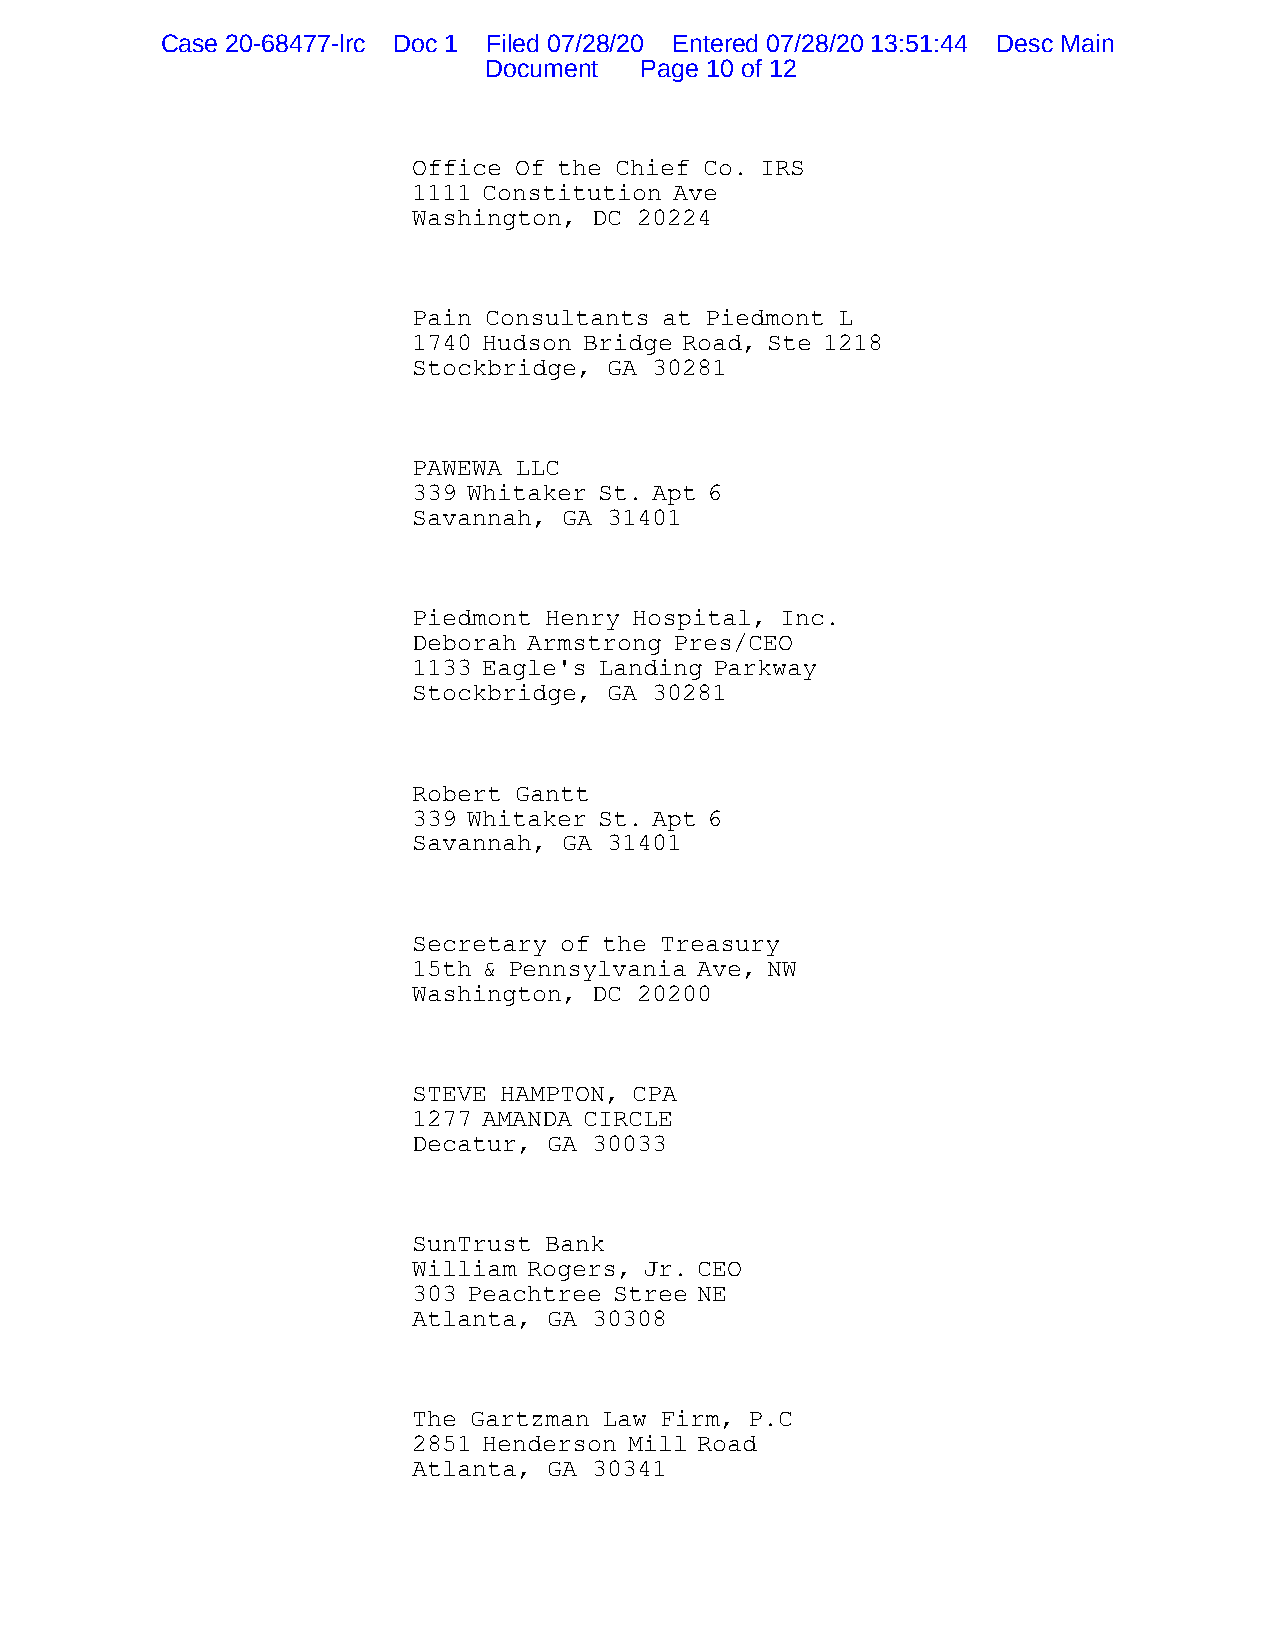
Case 20-68477-lrc Doc 1 Filed 07/28/20 Entered 07/28/20 13:51:44 Desc Main
 Document  Page 10 of 12
 Office Of the Chief Co. IRS
 1111 Constitution Ave
 Washington, DC 20224
 Pain Consultants at Piedmont L
 1740 Hudson Bridge Road, Ste 1218
 Stockbridge, GA 30281
 PAWEWA LLC
 339 Whitaker St. Apt 6
 Savannah, GA 31401
 Piedmont Henry Hospital, Inc.
 Deborah Armstrong Pres/CEO
 1133 Eagle's Landing Parkway
 Stockbridge, GA 30281
 Robert Gantt
 339 Whitaker St. Apt 6
 Savannah, GA 31401
 Secretary of the Treasury
 15th & Pennsylvania Ave, NW
 Washington, DC 20200
 STEVE HAMPTON, CPA
 1277 AMANDA CIRCLE
 Decatur, GA 30033
 SunTrust Bank
 William Rogers, Jr. CEO
 303 Peachtree Stree NE
 Atlanta, GA 30308
 The Gartzman Law Firm, P.C
 2851 Henderson Mill Road
 Atlanta, GA 30341